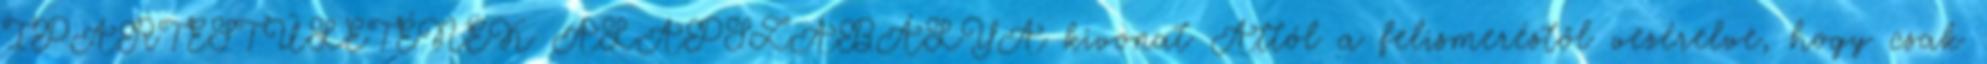
IPARTESTÜLETÉNEK ALAPSZABÁLYA kivonat Attól a felismeréstől vezérelve, hogy csak